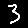
Digit: 3